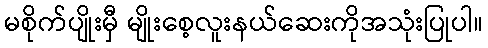
မစိုက်ပျိုးမှီ မျိုးစေ့လူးနယ်ဆေးကိုအသုံးပြုပါ။